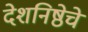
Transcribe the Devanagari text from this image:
देशनिष्ठेचे